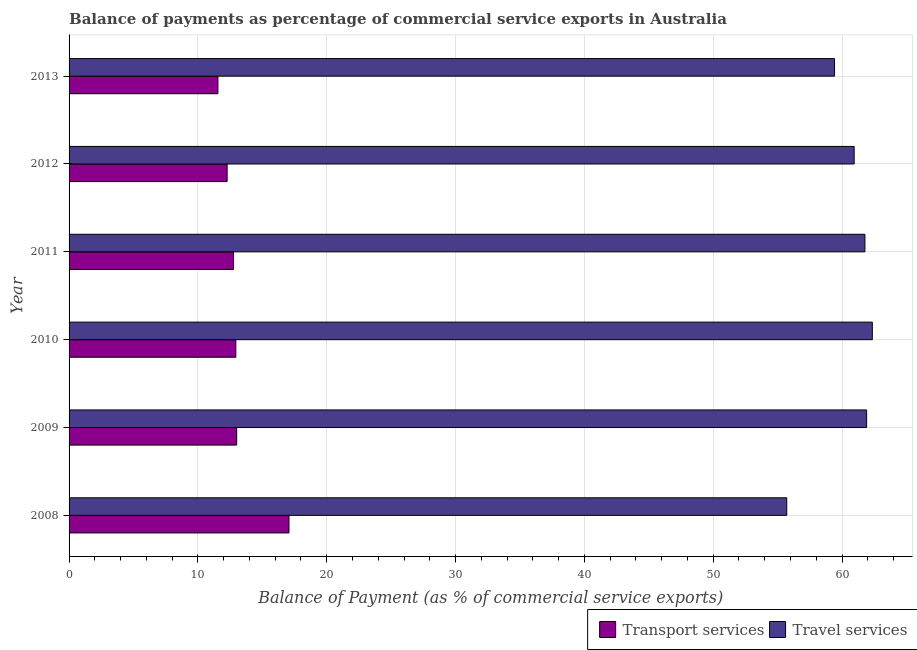
| Year | Transport services | Travel services |
 | --- | --- | --- |
 | 2008 | 17.1 | 55.7 |
 | 2009 | 13 | 61.9 |
 | 2010 | 12.9 | 62.4 |
 | 2011 | 12.8 | 61.8 |
 | 2012 | 12.3 | 60.9 |
 | 2013 | 11.6 | 59.4 |